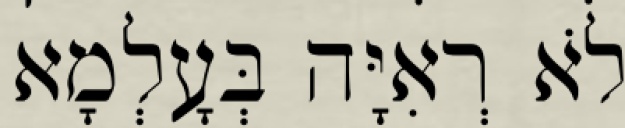
לֹא רְאִיָּה בְּעָלְמָא